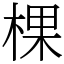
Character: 棵